Lunatic asylums Punjab 1895-1910 - 1895-1910
Year: 1895
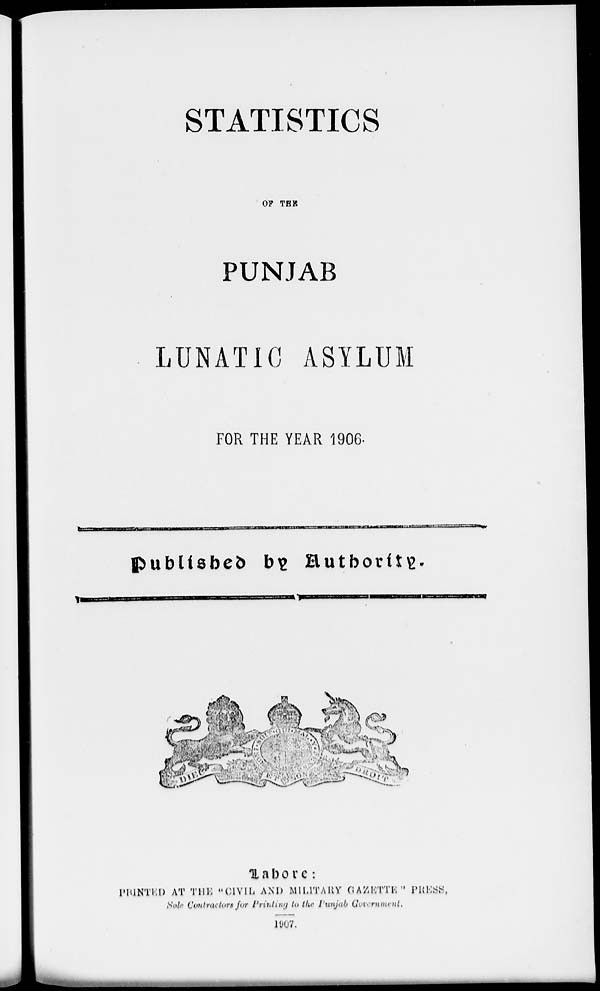
STATISTICS
OF THE
PUNJAB
LUNATIC ASYLUM
FOR THE YEAR 1906.
Published by Authority.
Lahore:
PRINTED AT THE "CIVIL AND MILITARY GAZETTE" PRESS,
Sole Contractors for Printing to the Punjab Government.
1907.